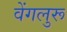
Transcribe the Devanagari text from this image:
वेंगलुरू